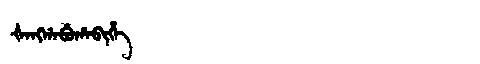
Manchu: ᡧᠠᠩᡤᠠᠪᡠᡥᠠᠪᡳᡥᡝ
Romanization: ŠANGGABUHABIHE